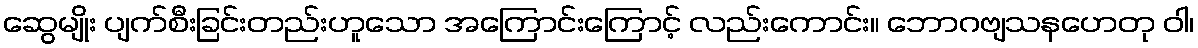
ဆွေမျိုး ပျက်စီးခြင်းတည်းဟူသော အကြောင်းကြောင့် လည်းကောင်း။ ဘောဂဗျသနဟေတု ဝါ၊